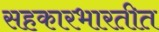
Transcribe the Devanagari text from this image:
सहकारभारतीत